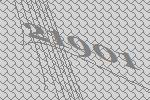
21901